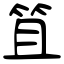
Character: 笡